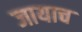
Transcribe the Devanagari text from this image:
जायाच